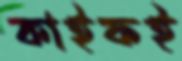
কাইফই